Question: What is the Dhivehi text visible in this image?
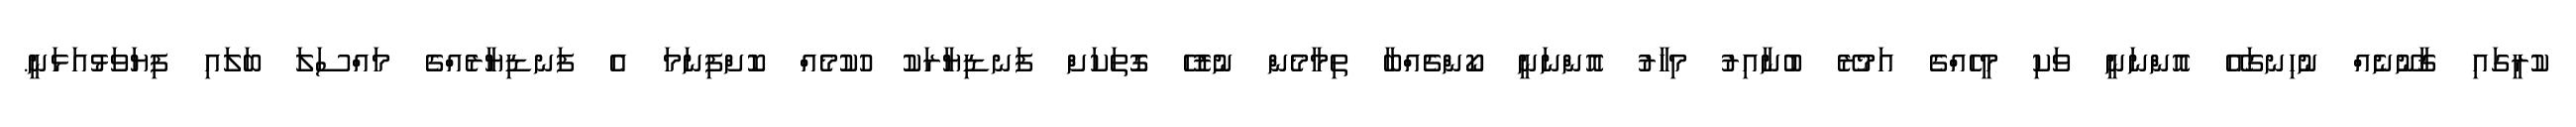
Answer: ކުރީގައި ޤާނޫނެއް ނުހިނގައޭ އޮންނަނީ ވަކި މީހެއްގެ އަމުރޭ ބުނާއިރު މިހާރު އޮންނަނީ ކޯންޗެއްބާ ތިމާމެން ނުރުހޭ ގޮތަކަށް ފަނޑިޔާރަކު ހުކުމެއް ކޮށްފިނަމަ އެ ފަނޑިޔާރެއްގެ މައްސަލަ ބަލައި ފިޔަވަޅުއަޅަނީ.